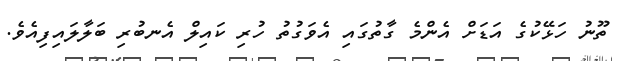
ތޫނު ހަޅޭކުގެ އަޑަށް އެންމެ ގާތުގައި އެވަގުތު ހުރި ކައިލް އެނބުރި ބަލާލައިފިއެވެ.